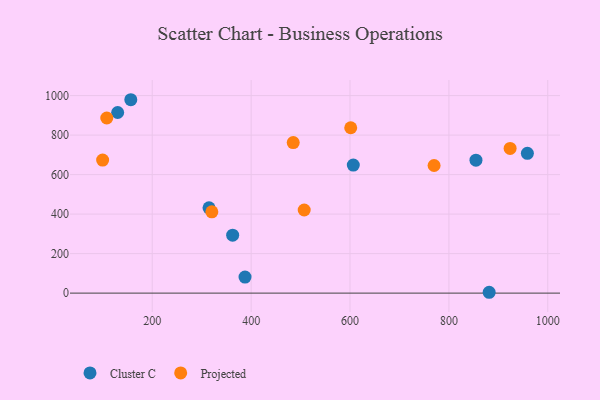
{"axis": {"x": "Study Hours", "y": "Yield"}, "legend": ["Cluster C", "Projected"], "data": [{"x": "156.6", "y": 979.1, "type": "Cluster C"}, {"x": "387.6", "y": 81.0, "type": "Cluster C"}, {"x": "362.6", "y": 293.6, "type": "Cluster C"}, {"x": "130.0", "y": 914.5, "type": "Cluster C"}, {"x": "606.6", "y": 648.3, "type": "Cluster C"}, {"x": "958.7", "y": 707.7, "type": "Cluster C"}, {"x": "314.8", "y": 431.9, "type": "Cluster C"}, {"x": "881.4", "y": 4.3, "type": "Cluster C"}, {"x": "854.7", "y": 672.9, "type": "Cluster C"}, {"x": "99.6", "y": 673.7, "type": "Projected"}, {"x": "770.0", "y": 646.2, "type": "Projected"}, {"x": "485.1", "y": 762.4, "type": "Projected"}, {"x": "108.0", "y": 886.5, "type": "Projected"}, {"x": "320.5", "y": 411.8, "type": "Projected"}, {"x": "601.4", "y": 837.3, "type": "Projected"}, {"x": "923.8", "y": 732.8, "type": "Projected"}, {"x": "507.3", "y": 420.8, "type": "Projected"}]}